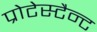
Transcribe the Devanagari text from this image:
प्रोटेस्टैन्ट